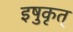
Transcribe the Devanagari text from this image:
इषुकृत्